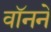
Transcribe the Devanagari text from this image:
वॉनने